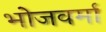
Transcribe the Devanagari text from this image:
भोजवर्मा